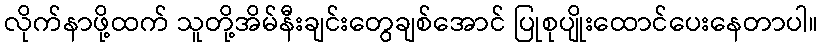
လိုက်နာဖို့ထက် သူတို့အိမ်နီးချင်းတွေချစ်အောင် ပြုစုပျိုးထောင်ပေးနေတာပါ။